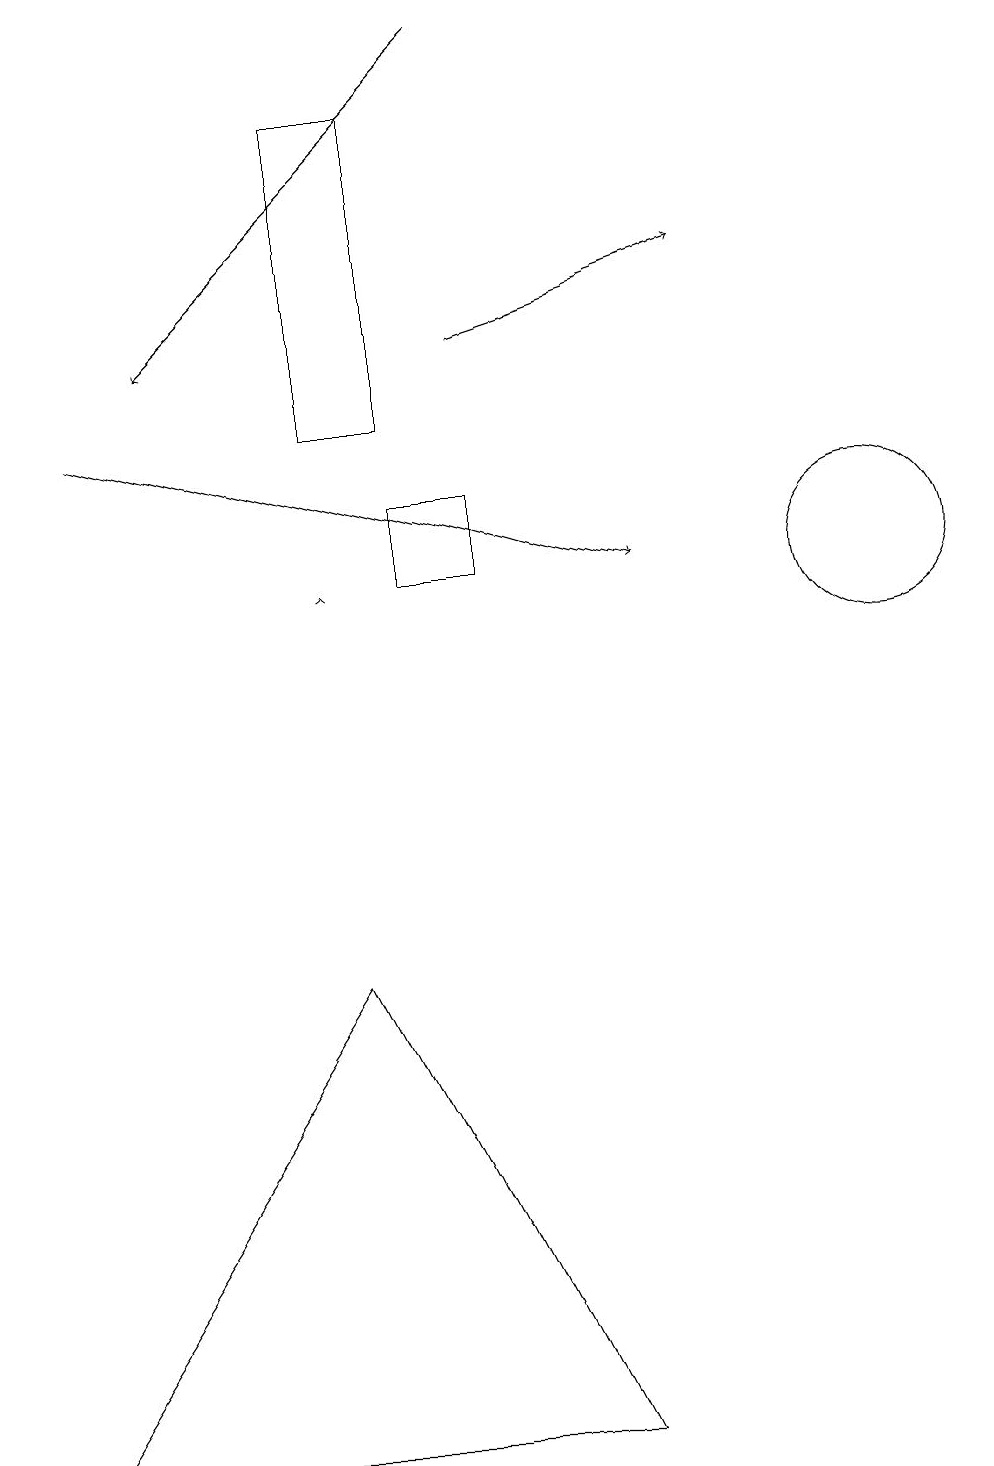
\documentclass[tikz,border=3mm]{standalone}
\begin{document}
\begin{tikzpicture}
\draw[->] (6,14) -- (9,15);
\draw (5,13) rectangle (4,17);
\draw[->] (4,11) -- (4,11);
\draw (7,0) -- (0,0) -- (4,6) -- cycle;
\draw (5,11) rectangle (6,12);
\draw[->] (1,13) -- (8,11);
\draw[->] (6,18) -- (2,14);
\draw (11,11) circle (1);
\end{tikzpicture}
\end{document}